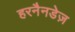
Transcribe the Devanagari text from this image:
हरनैनडेज़